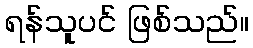
ရန်သူပင် ဖြစ်သည်။